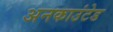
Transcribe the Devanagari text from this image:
अनकाउंटेड